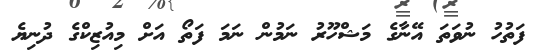
ފަތުހު ނުވަތަ އޭނާގެ މަޝްހޫރު ނަމުން ނަމަ ފަތޯ އަށް މިއުޒިކްގެ ދުނިޔެ